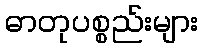
ဓာတုပစ္စည်းများ